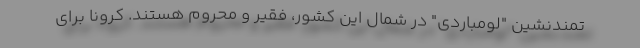
تمند‌نشین "لومباردی" در شمال این کشور، فقیر و محروم هستند. کرونا برای